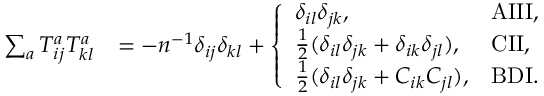
\begin{array} { r l } { \sum _ { a } T _ { i j } ^ { a } T _ { k l } ^ { a } } & { = - n ^ { - 1 } \delta _ { i j } \delta _ { k l } + \left\{ \begin{array} { l l } { \delta _ { i l } \delta _ { j k } , } & { \mathrm { A I I I } , } \\ { \frac 1 2 ( \delta _ { i l } \delta _ { j k } + \delta _ { i k } \delta _ { j l } ) , } & { \mathrm { C I I } , } \\ { \frac 1 2 ( \delta _ { i l } \delta _ { j k } + C _ { i k } C _ { j l } ) , } & { \mathrm { B D I } . } \end{array} \right. } \end{array}